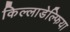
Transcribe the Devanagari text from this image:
किल्लाडेल्फिया